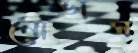
নোভাস